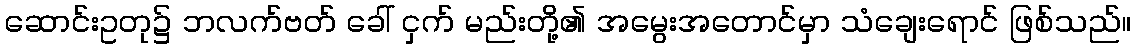
ဆောင်းဥတု၌ ဘလက်ဗတ် ခေါ် ငှက် မည်းတို့၏ အမွေးအတောင်မှာ သံချေးရောင် ဖြစ်သည်။